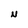
Character: N